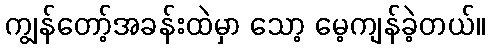
ကျွန်တော့်အခန်းထဲမှာ သော့ မေ့ကျန်ခဲ့တယ်။